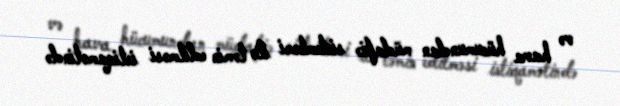
və hava hücumundan müdafiə sistemləri ilə təmin edilməsi istiqamətində